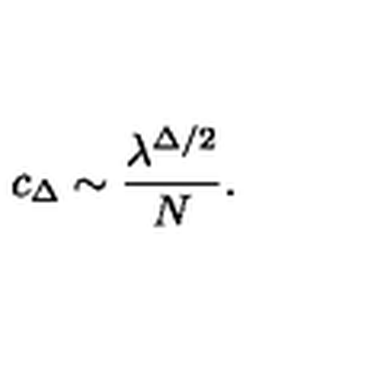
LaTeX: c _ { \Delta } \sim \frac { \lambda ^ { \Delta / 2 } } { N } .